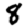
Digit: 8